Vana-Vandra_vallavalitsus, lk 41
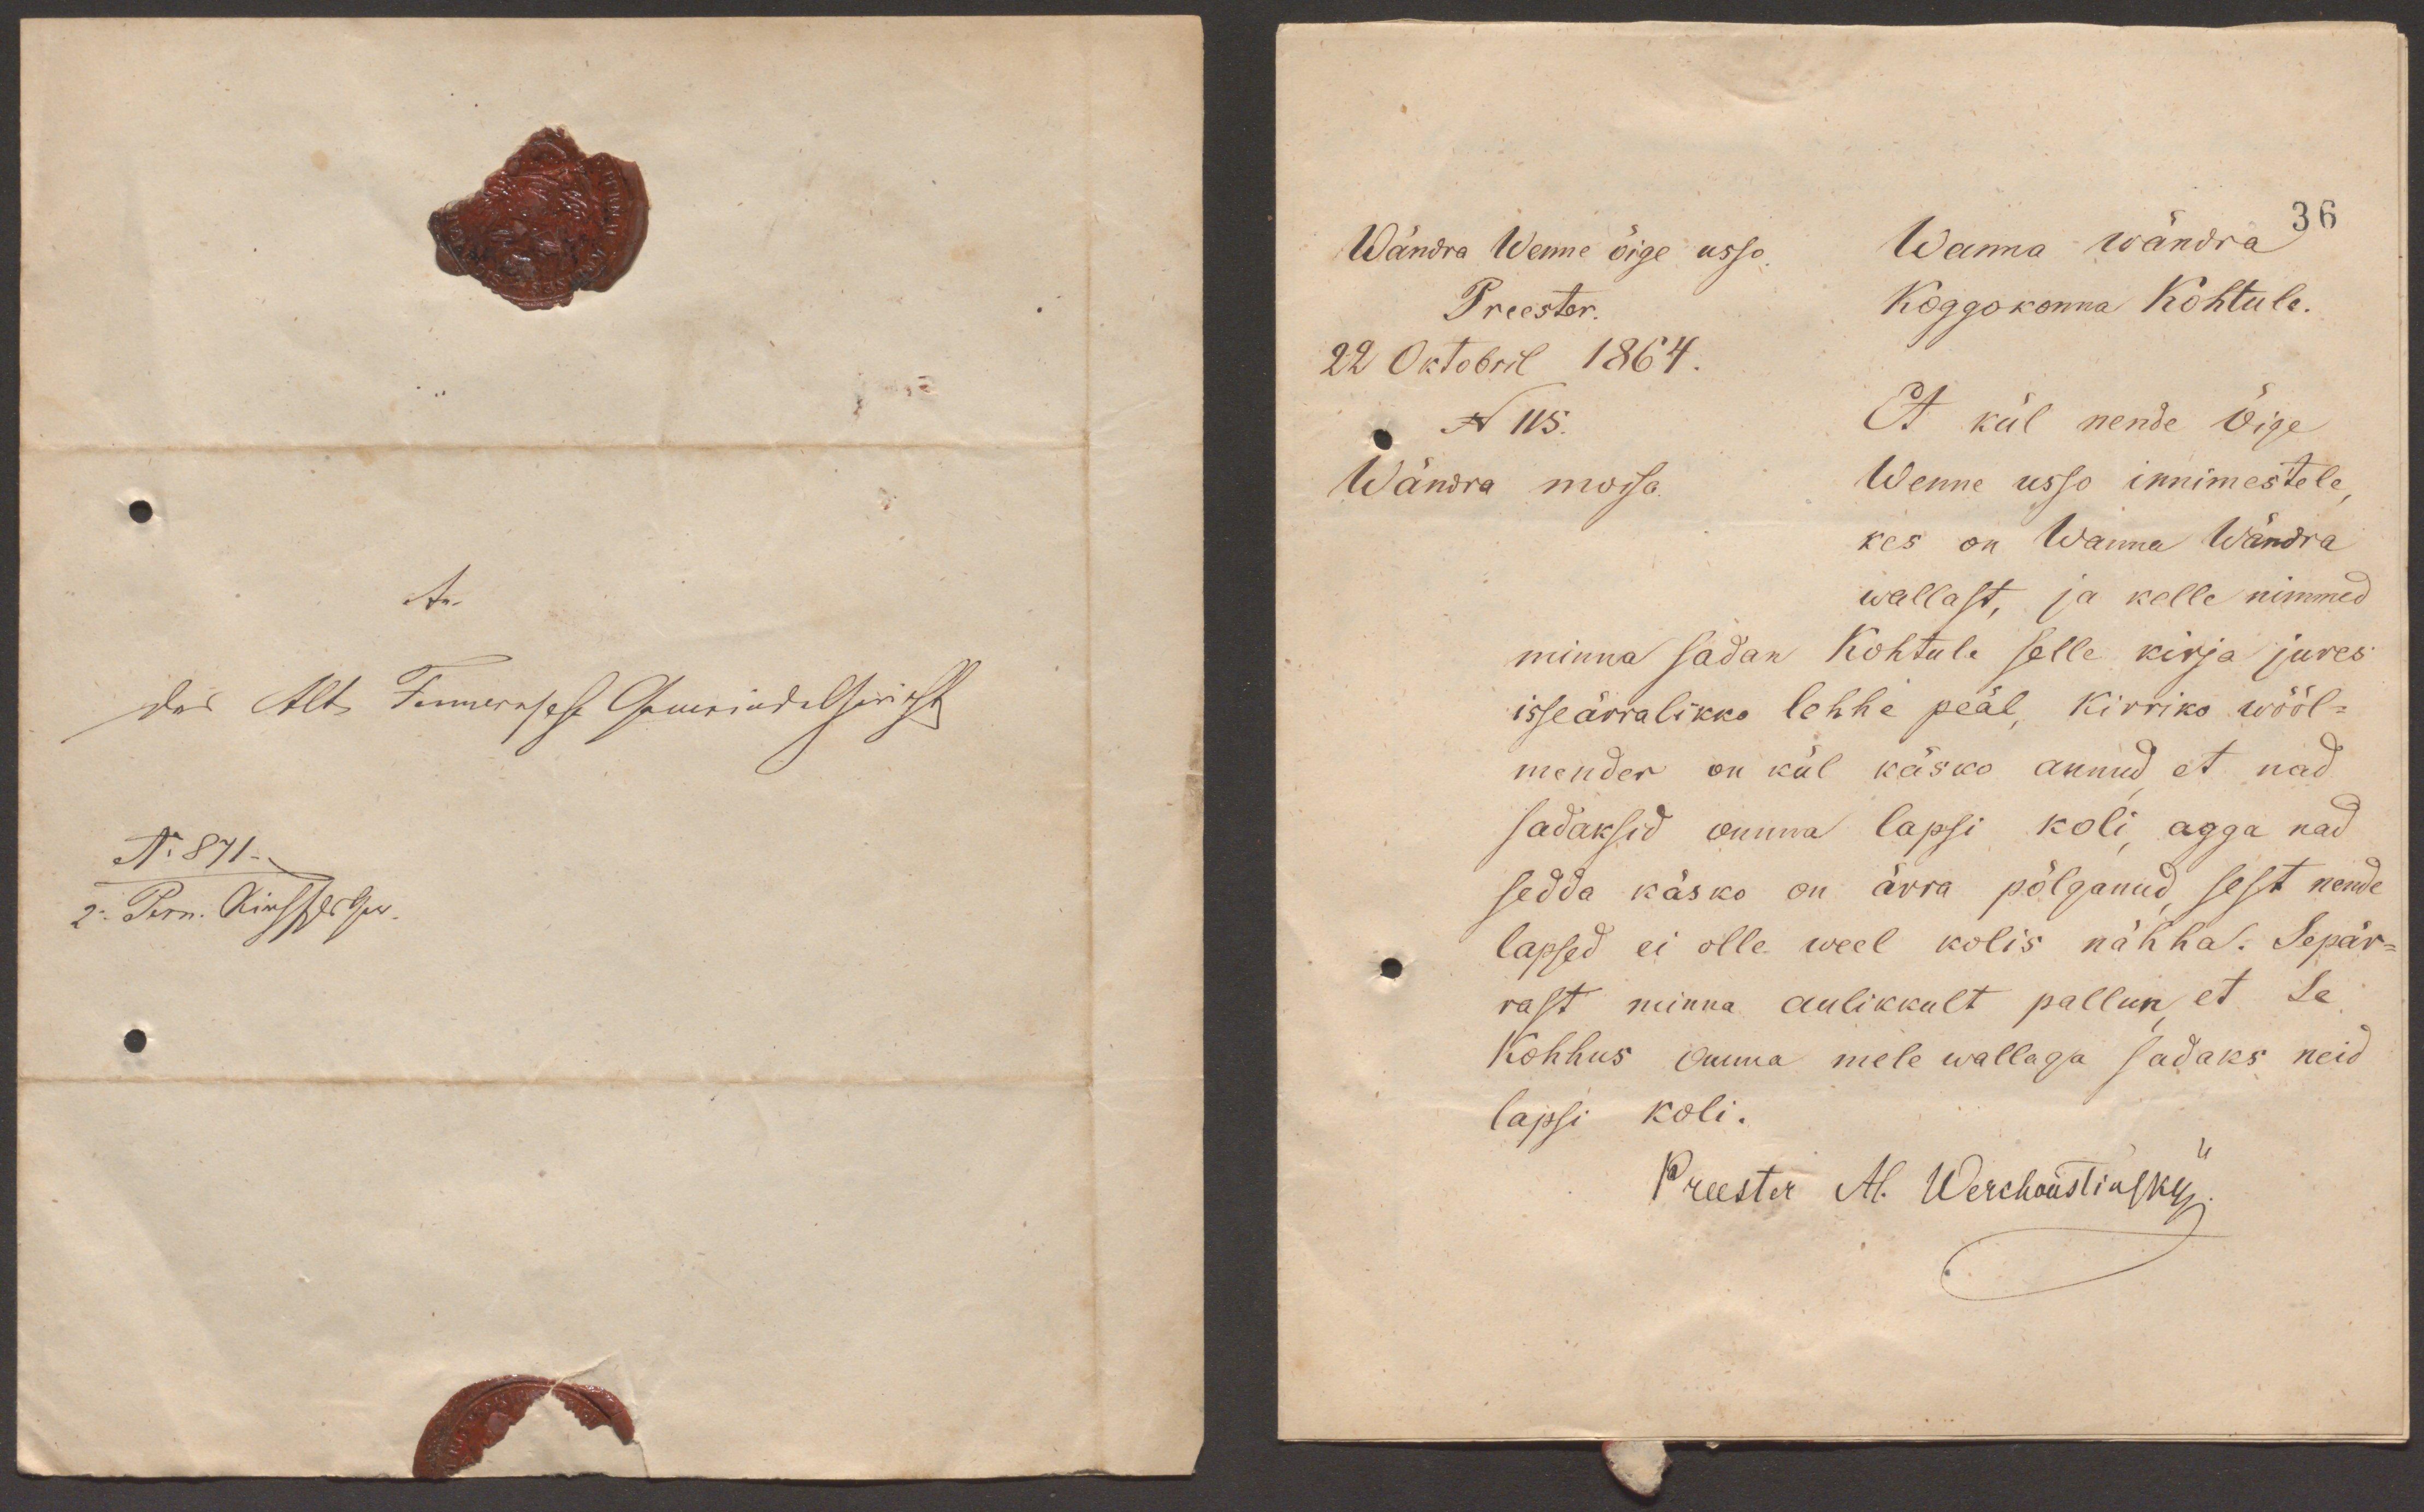
36
Wändra Wenne õige usso,
Wanna wändra
Preester.
36
Koggokonna Kohtule.
22 Oktobril 1864.
N 115.
Et kül nende Õige
Wändra moisa
Wenne usso innimestele
kes on Wanna Wändra
wallast, ja kelle nimmed
minna sadan Kohtule selle kirja jures
isseärralikko lehhe peäl, Kirriko wööl-
mender on kül käsko annud et nad
sadaksid omma lapsi koli, agga nad
sedda käsko on ärra pölganud, sest nende
lapsed ei olle weel kolis nähha. Sepär-
rast minna aulikkult pallun, et Se
Kohhus omma mele wallaga sadaks neid
lapsi koli.
Preester Al. Werchoustinsky.